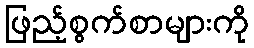
ဖြည့်စွက်စာများကို